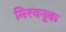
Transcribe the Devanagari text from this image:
मिरवनूक